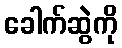
ခေါက်ဆွဲကို